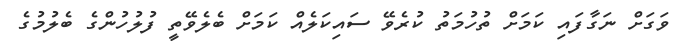
ވަގަށް ނަގާފައި ކަމަށް ތުހުމަތު ކުރެވޭ ސައިކަލެއް ކަމަށް ބެލެވޭތީ ފުލުހުންގެ ބެލުމުގެ